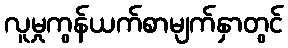
လူမှုကွန်ယက်စာမျက်နှာတွင်